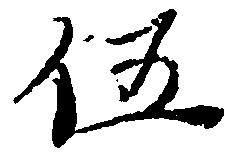
伍